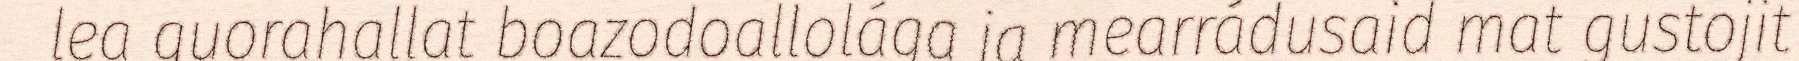
lea guorahallat boazodoallolága ja mearrádusaid mat gustojit